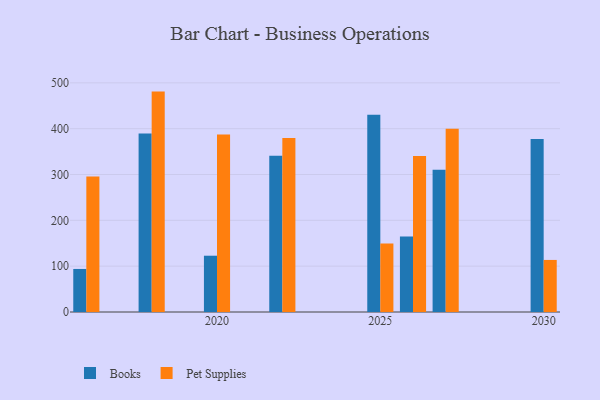
{"axis": {"x": "Year", "y": "Website Visitors"}, "legend": ["Books", "Pet Supplies"], "data": [{"x": "2026", "y": 164.6, "type": "Books"}, {"x": "2026", "y": 340.6, "type": "Pet Supplies"}, {"x": "2027", "y": 310.3, "type": "Books"}, {"x": "2027", "y": 400.1, "type": "Pet Supplies"}, {"x": "2020", "y": 122.8, "type": "Books"}, {"x": "2020", "y": 387.1, "type": "Pet Supplies"}, {"x": "2025", "y": 430.2, "type": "Books"}, {"x": "2025", "y": 149.3, "type": "Pet Supplies"}, {"x": "2030", "y": 377.4, "type": "Books"}, {"x": "2030", "y": 113.6, "type": "Pet Supplies"}, {"x": "2022", "y": 341.0, "type": "Books"}, {"x": "2022", "y": 379.6, "type": "Pet Supplies"}, {"x": "2016", "y": 93.9, "type": "Books"}, {"x": "2016", "y": 295.5, "type": "Pet Supplies"}, {"x": "2018", "y": 389.5, "type": "Books"}, {"x": "2018", "y": 480.9, "type": "Pet Supplies"}]}